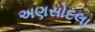
અણસોદલા